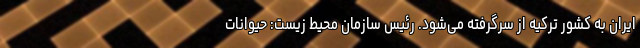
ایران به کشور ترکیه از سرگرفته می‌شود. رئیس سازمان محیط زیست: حیوانات